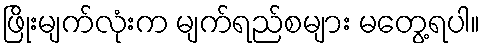
ဖြိုးမျက်လုံးက မျက်ရည်စများ မတွေ့ရပါ။